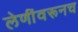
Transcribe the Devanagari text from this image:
लेणींवरूनच